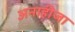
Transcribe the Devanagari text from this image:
अनाहीजा